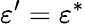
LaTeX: \varepsilon^{\prime}=\varepsilon^{*}